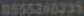
0555240235